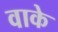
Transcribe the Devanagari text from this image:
वाके